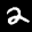
Label: 2